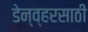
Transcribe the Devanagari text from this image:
डेन्व्हरसाठी